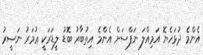
އެންމެ ދުޅަހެޔޮ އަމިއްލަ ނަފްސަށް އެންމެ އިތުބާރު ބޮޑު ލީޑަރަކީ ޢުމަރު ނަޞީރު